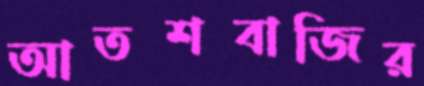
আতশবাজির